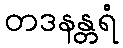
တဒနန္တရံ